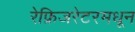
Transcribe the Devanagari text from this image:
रेफ्रिजरेटरमधून